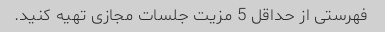
فهرستی از حداقل 5 مزیت جلسات مجازی تهیه کنید.